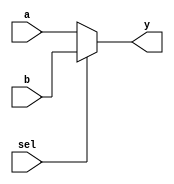
module mux2to1 (
    input wire a,        // Input signal a
    input wire b,        // Input signal b
    input wire sel,      // Select signal
    output reg y         // Output signal
);

// Behavioral modeling using continuous assignment in an always block
always @(*) begin
    // Combinational logic for the multiplexer
    if (sel) begin
        y = b;          // If sel is high, output b
    end else begin
        y = a;          // If sel is low, output a
    end
end

endmodule